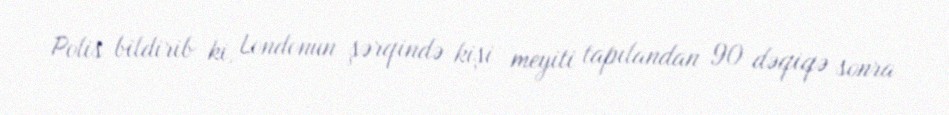
Polis bildirib ki, Londonun şərqində kişi meyiti tapılandan 90 dəqiqə sonra